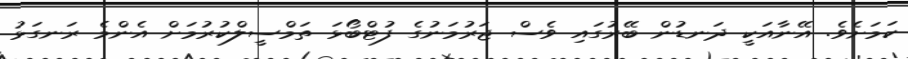
ކަމަށެވެ. އޭނާއަކީ ދަނޑުން ބޭރުގައި ވެސް ޖަރުމަނުގެ ފުޓްބޯޅަ ތަމްސީލްކުރުމަށް އެންމެ ރަނގަޅު